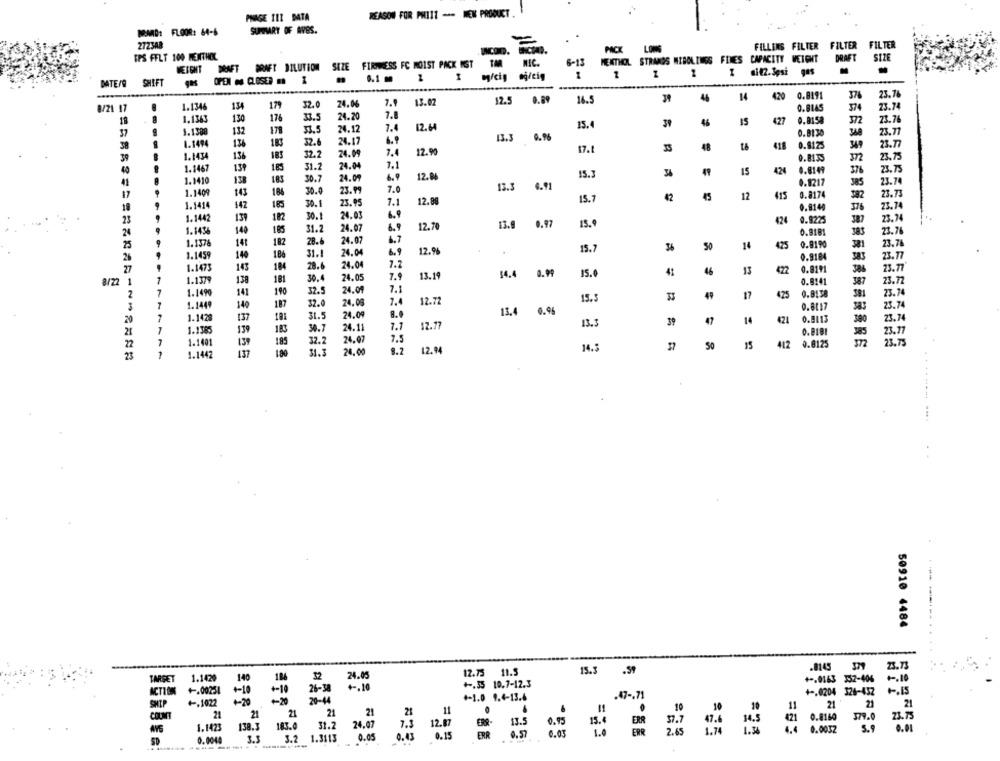
REASON FOR PHIIT -- NEK PRODUCT .
PHASE III DATA
SUPPART OF AVOS.
MAND: FLOOR: 64-6
2723AB
FILLINS FILTER FILTER FILTER
UNCON
PACK
LORS
IPS FELT 100 MENTHOL
MIC.
6-13 MENTHOL STRANDS MIBOLINGS FINES CAPACITY WEIGHT
DRAFT
SIZE
WEIGHT DRAFT BRAFT DILUTION SIZE FIRMNESS FC MOIST PACK IST
6-13
SIZE
1
1
1
ait2.3gsi gas
DATE/9
SHIFT
0.1 m
12.5
0.89
16.5
34
46
14
420 0.8191
374
23.76
1.1346
134
17
32.0
74.06
7.9
13.02
0.8145
374
23.74
8/21 17
24.20
7.8
18
1.1343
130
176
33.5
15.
39
46
427
0.8158
73.76
1.1388
178
33.5
24.12
7.4
12.64
23.77
132
13.3
0.96
0.8130
38
1.1494
183
32.6
24.17
6.9
418
0.8125
39
23.77
24.09
12.90
17.1
48
t4
39
1.143
134
185
32.2
0.813%
372
23.79
1.1467
13
185
31.2
24.04
7.1
23. 75
40
12.86
15.3
34
15
424
376
1.9410
138
30.7
24.09
6.9
0.1217
385
23.70
30.0
23.99
7.0
13.3
6.91
17
1.1400
143
186
15.7
45
12
415
0.8174
382
23.73
1.1414
142
185
30. 1
23.95
7.1
12.88
0.8140
23.74
18
6.9
376
23
1.1442
139
182
30.1
24.03
0.9225
387
23.24
140
31.2
24.07
6.9
12.70
13.9
0.97
15.9
23.74
24
1.143
185
0.8181
25
1.1376
14t
182
28.6
24.07
6.7
50
0.9190
23.76
24.04
6.9
12.9%
15.7
425
381
26
1.145%
140
186
31.1
0.9184
23.77
28.6
24.04
7.2
23.77
27
1.1473
143
184
13.19
$4.4 0.99
15.0
41
46
13
472
0.8191
8/22 1
7
1.137
138
181
30.4
24.05
7.9
0.8141
387
23.72
32.
24.09
7.1
2
7
1.1490
141
190
15, 5
49
17
475
0.8138
381
23.74
7
1.1440
140
187
32.0
24.08
7.4
12.72
23.74
3
24.09
8.0
13.4 0.6
0.8017
20
1.1428
137
31.5
14
421
0.8113
380
73.74
139
183
30.7
24.11
7.1
12.77
13.3
39
21
1.1385
0.8181
23.77
22
1.1401
185
32.2
24.07
7.5
412 0.0125
23.7-
24.00
9.2
12.94
14.3
37
50
15
21
1
137
180
31.3
50910 4484
------ ..
15.3
23.73
TARGET
1.1420
140
12
24.0
12.75 11.5
+ -. 35 10.7-12.3
+ -. 0163 352-406
+ -. 10
ACTION
+.00251
+-10
+-10
26-38
+ -. 0204 526-452
+ -. 15
-x
+-1.0 9.4-13.6
.47 -. 71
SHEP
+ -. 1022
10
.21
21
COUM
21
21
21
21
21
11
.
* 21
183.0
12.8
13.5
0.95
15.4
ERR
37.7
34.5
0.8160
57.0
23.75
1.1423
138.3
24.07
7.3
1.0
ER
2.65
0.0032
0.00
SD
3.5
0.05
0.43
0.15
ERR
0.57
0.03
0.0044